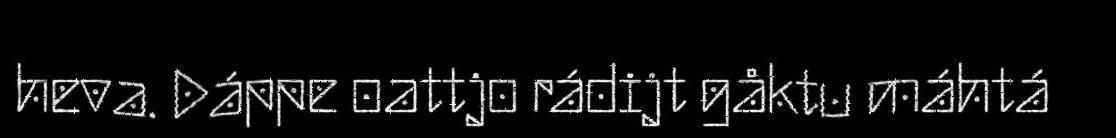
heva. Dáppe oattjo rádijt gåktu máhtá